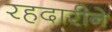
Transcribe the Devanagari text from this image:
रहदारीने